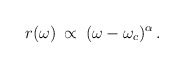
\begin{align*}\:r(\omega ) \:\propto \: (\omega - \omega _{c})^{\alpha } \,.\:\end{align*}